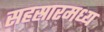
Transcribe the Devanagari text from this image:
सहस्रारमध्य